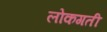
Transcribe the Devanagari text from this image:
लोकगती